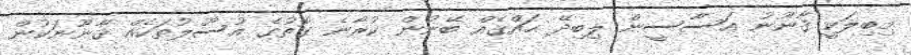
މިބިލަކީ ޤާނޫނު އަސާސީން ލިބިދޭ ޙައްޤެއް ބޭނުން ކުރާނެ ގޮތުގެ އުސޫލުތަކެއް ޤާނޫނަކުން